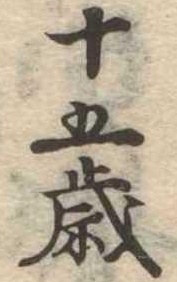
十五歳